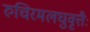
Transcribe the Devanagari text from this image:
रुचिरमलघुवृत्तैः